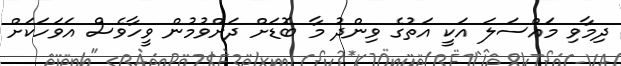
ދިމާވި މައްސަލަ އަކީ އަތުގެ ވިންދު މާ ބޮޑަށް ދަށްވުމުން ވީހާވެސް އަވަހަކަށް